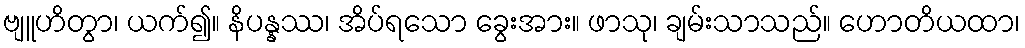
ဗျူဟိတွာ၊ ယက်၍။ နိပန္နဿ၊ အိပ်ရသော ခွေးအား။ ဖာသု၊ ချမ်းသာသည်။ ဟောတိယထာ၊